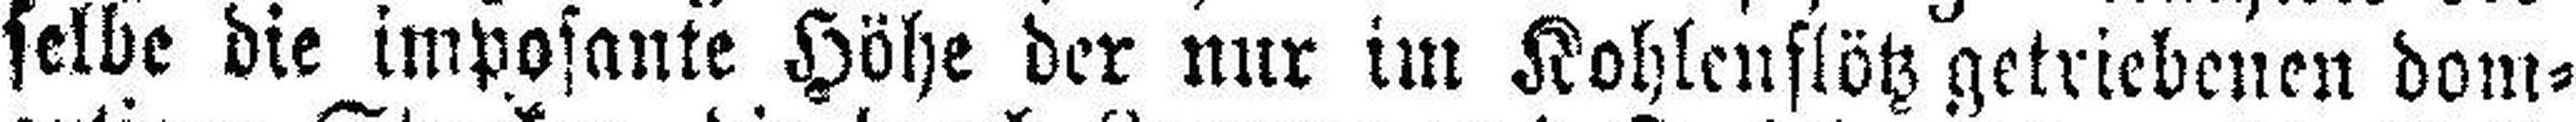
selbe die imposante Höhe der nur im Kohlenflötz getriebenen dom¬